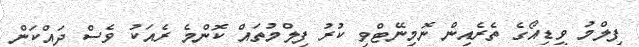
ފިލްމު ވީޑިއޯގެ ތެރެއިން ނޮމިނޭޓްވި ކުރު ފިލްމުތައް ކޮންމެ ރެއަކު ވެސް ދައްކަން